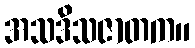
အသဒိသဇာတက။